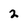
Character: 2